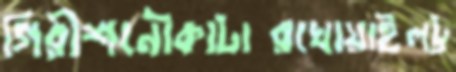
গিরীশনৌকাটারখোয়াইলট্র